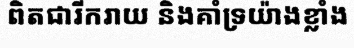
ពិតជារីករាយ និងគាំទ្រយ៉ាងខ្លាំង